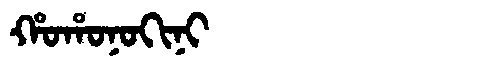
Manchu: ᡥᠣᡥᠣᠨᠣᡴᡳᠨᡳ
Romanization: HOHONOKINI